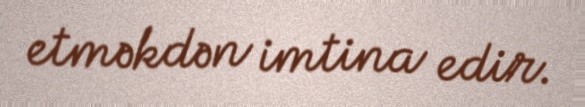
etməkdən imtina edir.